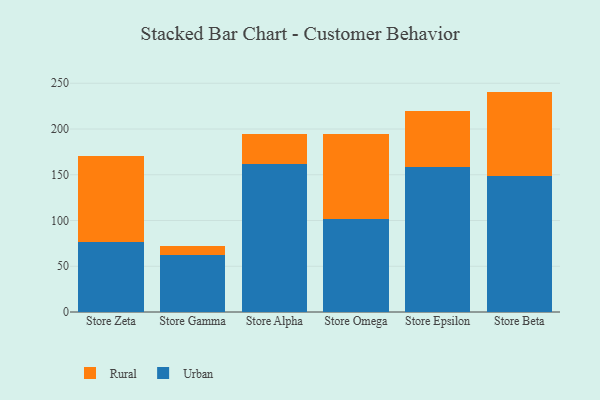
{"axis": {"x": "Store", "y": "Backlog"}, "legend": ["Rural", "Urban"], "data": [{"x": "Store Zeta", "y": 76.4, "type": "Urban"}, {"x": "Store Zeta", "y": 94.1, "type": "Rural"}, {"x": "Store Gamma", "y": 62.6, "type": "Urban"}, {"x": "Store Gamma", "y": 9.7, "type": "Rural"}, {"x": "Store Alpha", "y": 161.9, "type": "Urban"}, {"x": "Store Alpha", "y": 32.2, "type": "Rural"}, {"x": "Store Omega", "y": 102.2, "type": "Urban"}, {"x": "Store Omega", "y": 92.6, "type": "Rural"}, {"x": "Store Epsilon", "y": 158.3, "type": "Urban"}, {"x": "Store Epsilon", "y": 61.5, "type": "Rural"}, {"x": "Store Beta", "y": 148.7, "type": "Urban"}, {"x": "Store Beta", "y": 92.2, "type": "Rural"}]}